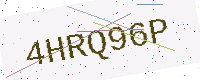
Text: 4HRQ96P